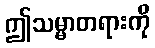
ဤသမ္မာတရားကို